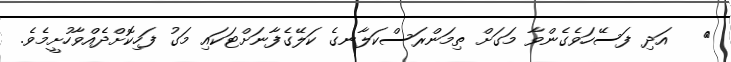
٨   އަދި ފަސޭހަވެގެންވާ މަގަށް ތިމަންރަސްކަލާނގެ ކަލޭގެފާނަށްޓަކައި މަގު ފަހިކޮށްދެއްވާހުށީމެވެ.